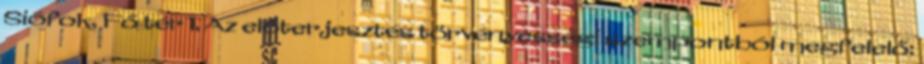
Siófok, Fő tér 1. Az előterjesztés törvényességi szempontból megfelelő: